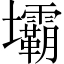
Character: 壩